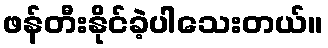
ဖန်တီးနိုင်ခဲ့ပါသေးတယ်။